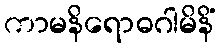
ကာမနိရောဓဂါမိနိံ